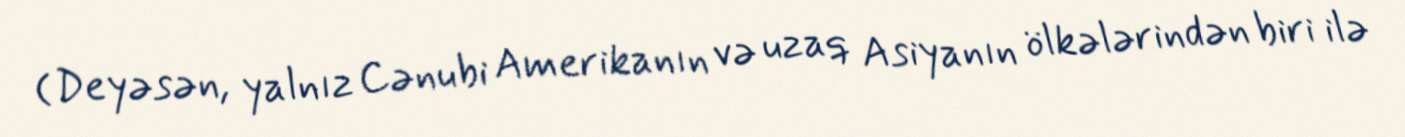
(Deyəsən, yalnız Cənubi Amerikanın və uzaq Asiyanın ölkələrindən biri ilə